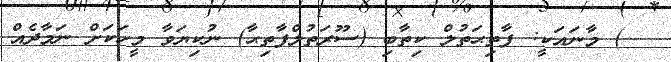
) މާނައަކީ: ފާތިޙަތުލް ކިތާބި (ސޫރަތުލްފާތިޙާ) ނުކިޔަވާ މީހަކަށް ނަމާދެއް